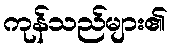
ကုန်သည်များ၏